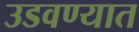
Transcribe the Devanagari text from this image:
उडवण्यात